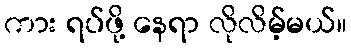
ကား ရပ်ဖို့ နေရာ လိုလိမ့်မယ်။